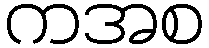
ကအစ